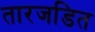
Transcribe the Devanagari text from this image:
तारजडित